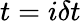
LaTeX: t=i\delta t